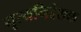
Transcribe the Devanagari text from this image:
नृत्यनिर्देशक